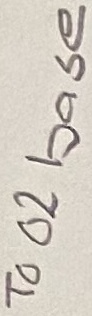
Text: To 02 base